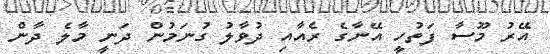
އޭރު މޫސާ ފަތުހީ އޭނާގެ ރެއާއި ދުވާލު ގުނަމުން ދަނީ މާލެ ދާން